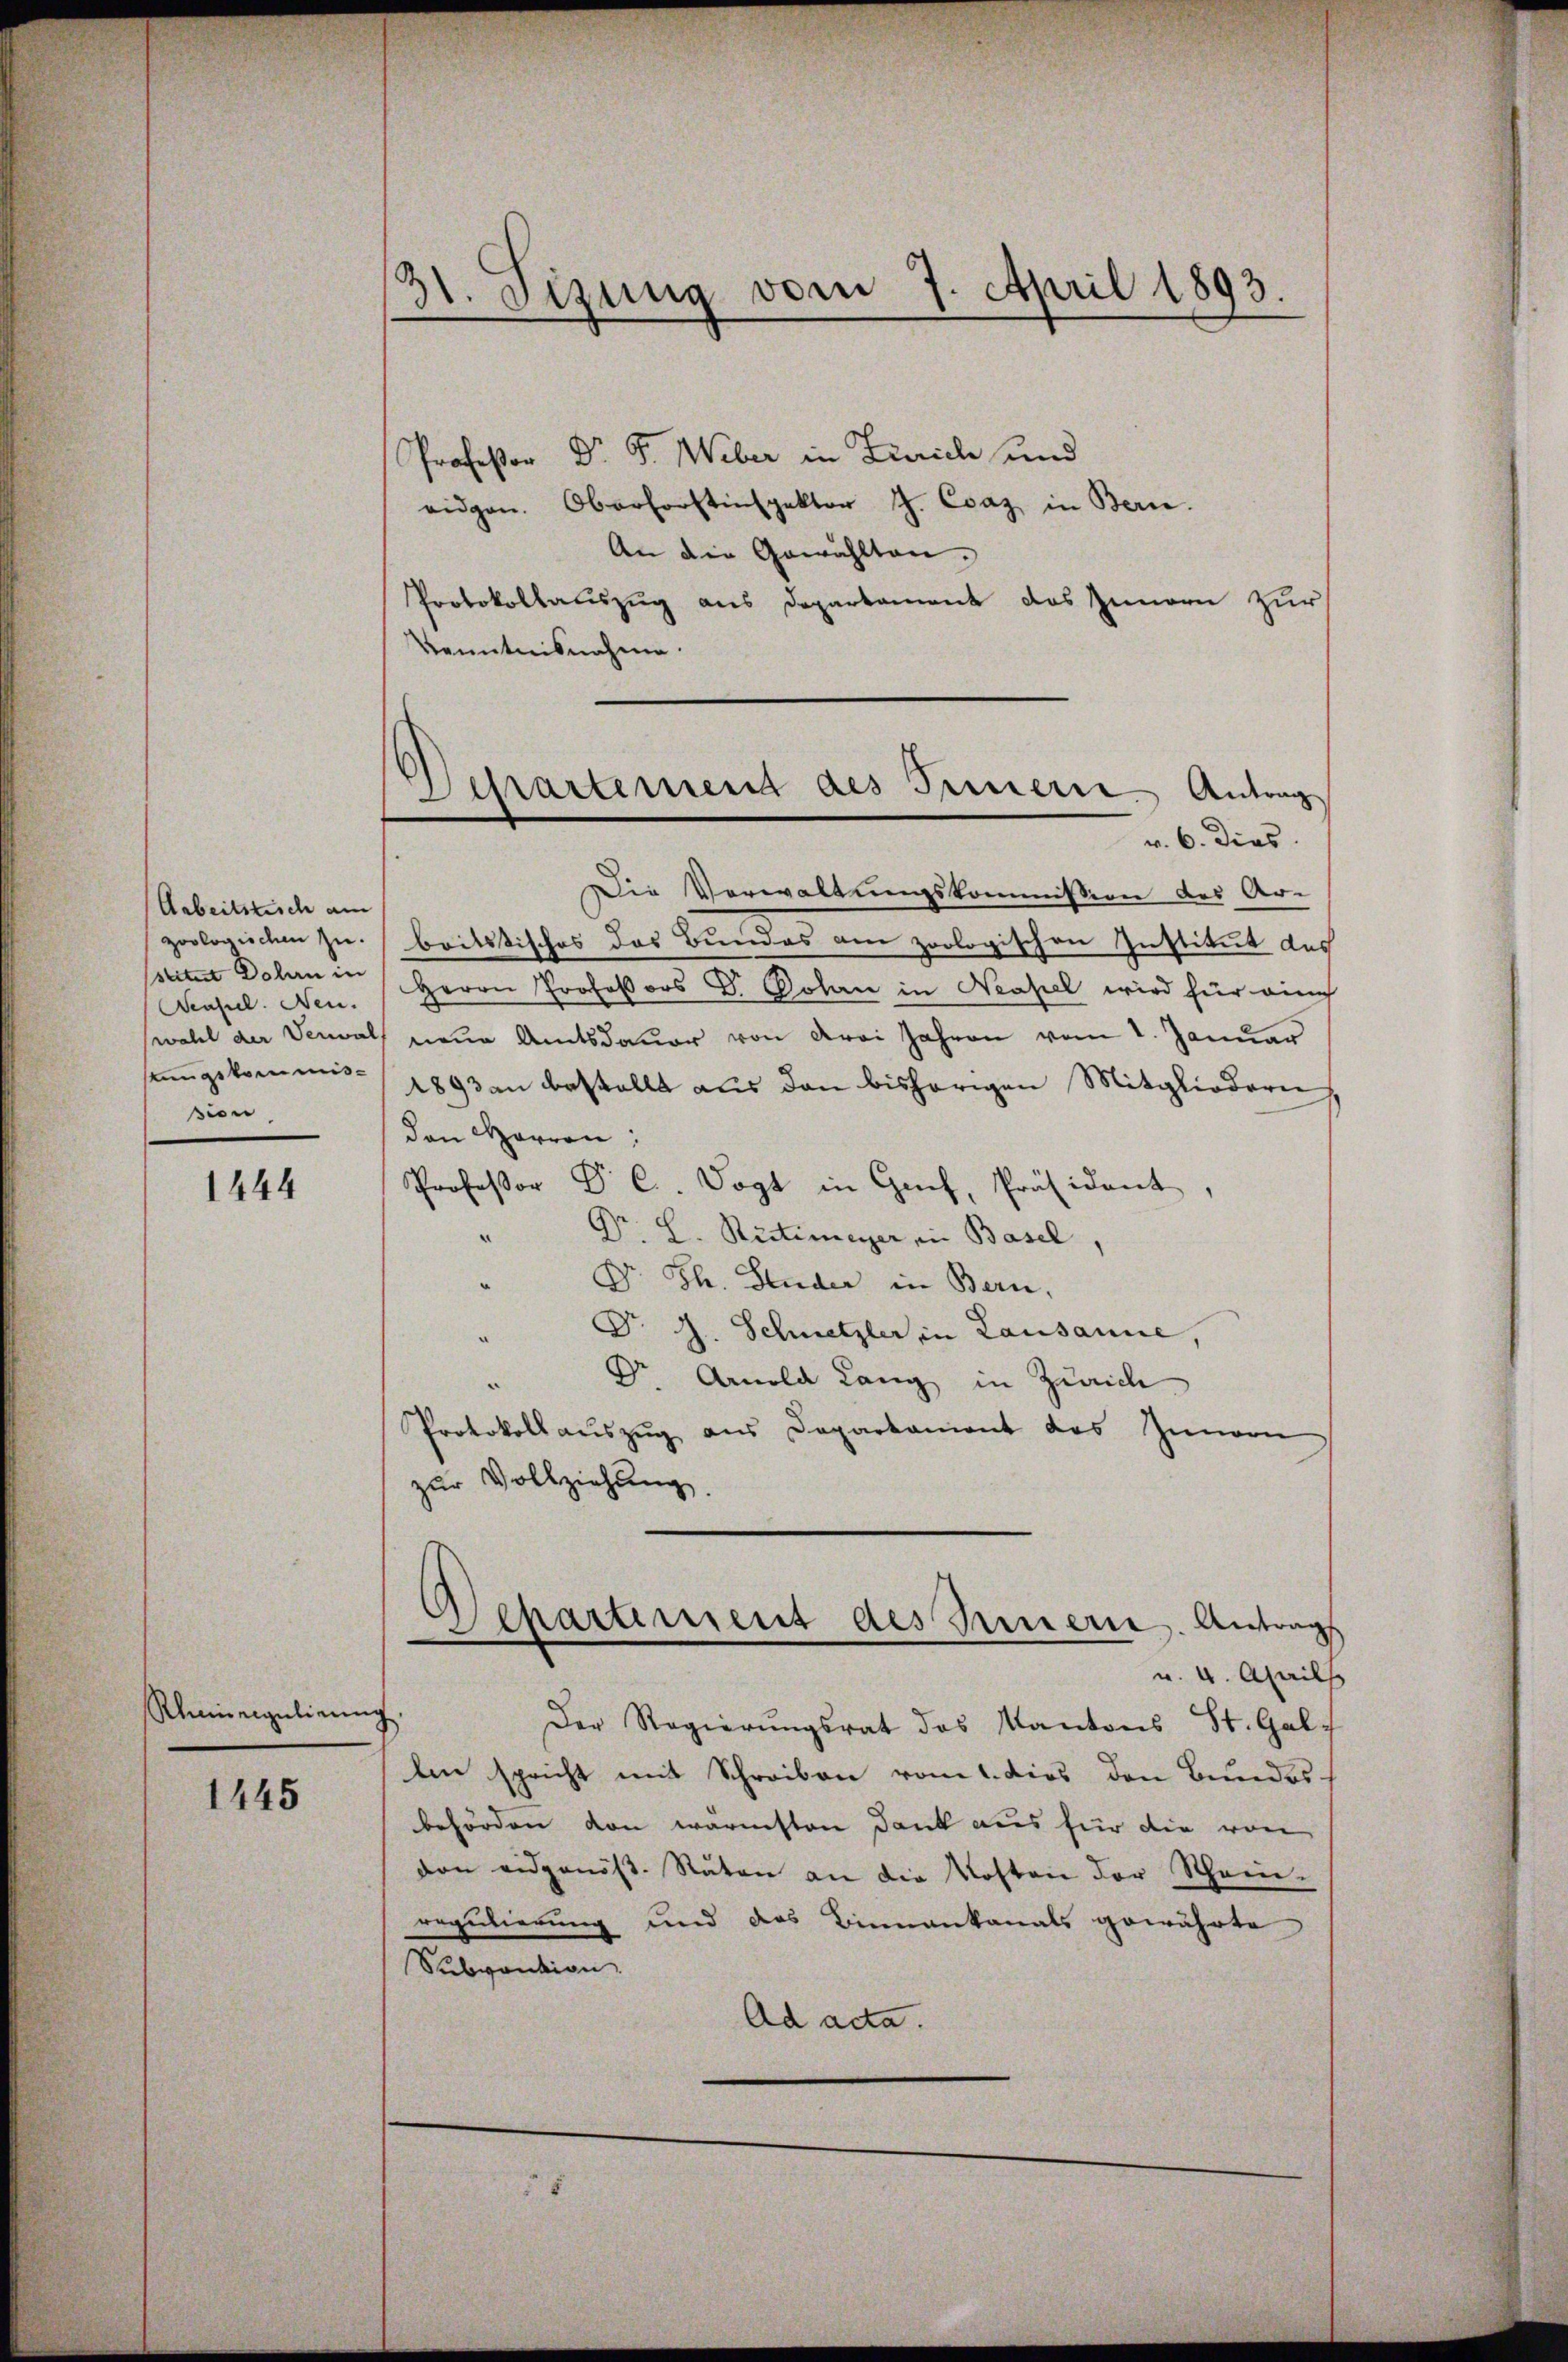
Arbeitszusch am
stitest Dolen in
enfiel. Neu
sion

1444

Ruineigulirung

1445

3t. Sizung vom 7. April 1893.

Professor Dr. F. Weber in Zürich und
eidgen. Oberforstinspektor J. Csaz in Bern.
An die Gewählten.
Protokollauszug aus Departament das Innern zur
Kenntnisnahme.

.
Separtemend des Treuerre Antrag
v. 6. Dies

Die Verwaltungskommission des Ar-
zoologischen zu britstisches des Bundes am zoologischen Institut des
Herrn Professors Dr. Solan in Neapel wird für auch
wahl der Damals neue Amtsdauer von drei Jahren vom 1. Januar
eingekommis 1893 an bestellt aus den bisherigen Mitgliedern
den Herren:
Professor Dr. C. Vogt in Genf, Präsident,
Dr. H. Restimeyer, in Basel,
Dr. H. Studer in Bern,
Dr. J. Schnetzler in Lausanne,
Dr Arnold Lang in Zürich
Protokoll aŭszŭg ans Departament des Innern
zur Vollziehung.

Departement des Innern. Antrags

5

v. 4. Aprils
Der Regierungsrat des Kantons St. Gal
len spricht mit Schreiben vom 1. dies den Bundes-
behörden von warmsten Dank aus für die von
den eidgenös. Räten an die Kosten der Schein-
regulierung und das Binnenkanals gewährte
Subvention
Ad acta.